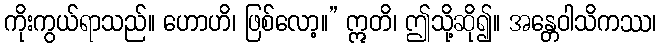
ကိုးကွယ်ရာသည်။ ဟောဟိ၊ ဖြစ်လော့။” ဣတိ၊ ဤသို့ဆို၍။ အန္တေဝါသိကဿ၊